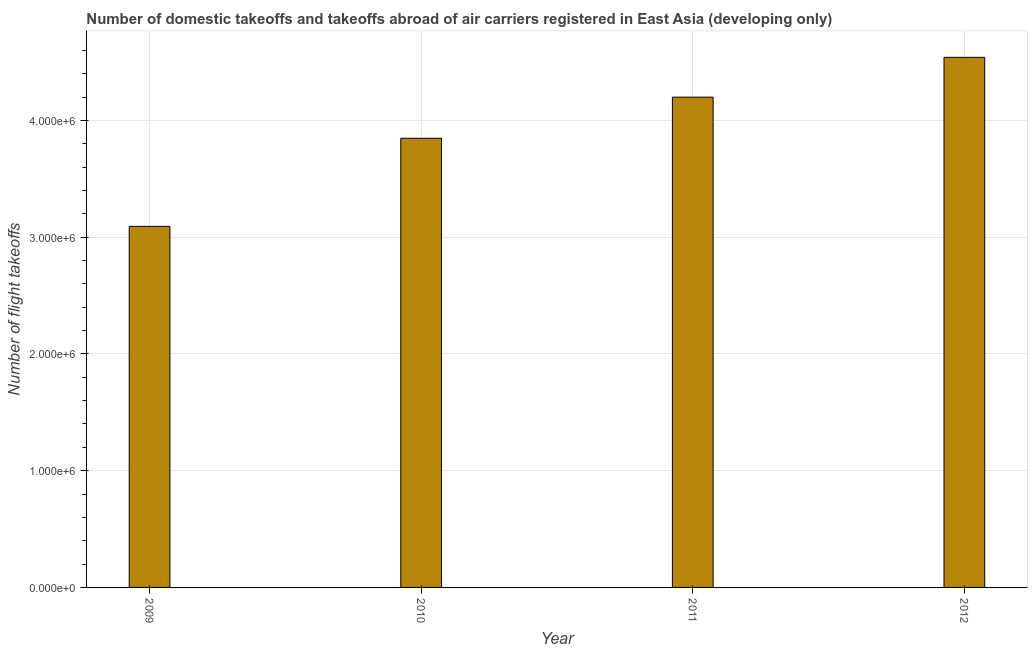
| Year | Air transport |
 | --- | --- |
 | 2009 | 3.09e+06 |
 | 2010 | 3.85e+06 |
 | 2011 | 4.2e+06 |
 | 2012 | 4.54e+06 |